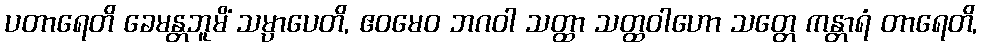
ပတာရေတိ ခေမန္တဘူမိံ သမ္ပာပေတိ, ဧဝမေဝ ဘဂဝါ သတ္ထာ သတ္ထဝါဟော သတ္တေ ကန္တာရံ တာရေတိ,